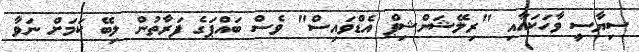
ސިޔާސީ ވާހަކައާއި "ރިލޭޝަންޝިޕް އެޑްވައިސް" ވެސް ބައްޕަގެ ފަރާތުން ލިބޭ ކަމަށް ނަވާ